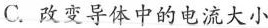
C.改变导体中的电流大小